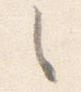
之